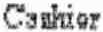
CASHIER